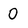
Character: 0